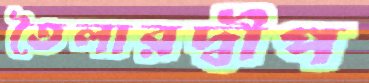
তৈলারদ্বীপ